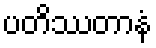
ပတိဿတာနံ